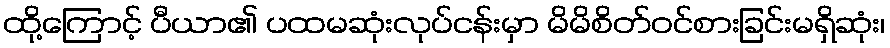
ထို့ကြောင့် ပီယာ၏ ပထမဆုံးလုပ်ငန်းမှာ မိမိစိတ်ဝင်စားခြင်းမရှိဆုံး၊